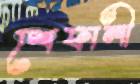
শেফালী